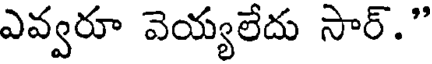
ఎవ్వరూ వెయ్యలేదు సార్."